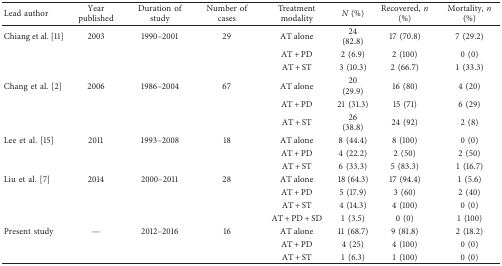
<table><thead><tr><td><b>Lead author</b></td><td><b>Year published</b></td><td><b>Duration of study</b></td><td><b>Number of cases</b></td><td><b>Treatment modality</b></td><td><b><i>N</i> (%)</b></td><td><b>Recovered, <i>n</i> (%)</b></td><td><b>Mortality, <i>n</i> (%)</b></td></tr></thead><tbody><tr><td>Chiang et al. [11]</td><td>2003</td><td>1990–2001</td><td>29</td><td>AT alone</td><td>24 (82.8)</td><td>17 (70.8)</td><td>7 (29.2)</td></tr><tr><td> </td><td> </td><td> </td><td> </td><td>AT + PD</td><td>2 (6.9)</td><td>2 (100)</td><td>0 (0)</td></tr><tr><td> </td><td> </td><td> </td><td> </td><td>AT + ST</td><td>3 (10.3)</td><td>2 (66.7)</td><td>1 (33.3)</td></tr><tr><td>Chang et al. [2]</td><td>2006</td><td>1986–2004</td><td>67</td><td>AT alone</td><td>20 (29.9)</td><td>16 (80)</td><td>4 (20)</td></tr><tr><td> </td><td> </td><td> </td><td> </td><td>AT + PD</td><td>21 (31.3)</td><td>15 (71)</td><td>6 (29)</td></tr><tr><td> </td><td> </td><td> </td><td> </td><td>AT + ST</td><td>26 (38.8)</td><td>24 (92)</td><td>2 (8)</td></tr><tr><td>Lee et al. [15]</td><td>2011</td><td>1993–2008</td><td>18</td><td>AT alone</td><td>8 (44.4)</td><td>8 (100)</td><td>0 (0)</td></tr><tr><td> </td><td> </td><td> </td><td> </td><td>AT + PD</td><td>4 (22.2)</td><td>2 (50)</td><td>2 (50)</td></tr><tr><td> </td><td> </td><td> </td><td> </td><td>AT + ST</td><td>6 (33.3)</td><td>5 (83.3)</td><td>1 (16.7)</td></tr><tr><td>Liu et al. [7]</td><td>2014</td><td>2000–2011</td><td>28</td><td>AT alone</td><td>18 (64.3)</td><td>17 (94.4)</td><td>1 (5.6)</td></tr><tr><td> </td><td> </td><td> </td><td> </td><td>AT + PD</td><td>5 (17.9)</td><td>3 (60)</td><td>2 (40)</td></tr><tr><td> </td><td> </td><td> </td><td> </td><td>AT + ST</td><td>4 (14.3)</td><td>4 (100)</td><td>0 (0)</td></tr><tr><td> </td><td> </td><td> </td><td> </td><td>AT + PD + SD</td><td>1 (3.5)</td><td>0 (0)</td><td>1 (100)</td></tr><tr><td>Present study</td><td>—</td><td>2012–2016</td><td>16</td><td>AT alone</td><td>11 (68.7)</td><td>9 (81.8)</td><td>2 (18.2)</td></tr><tr><td> </td><td> </td><td> </td><td> </td><td>AT + PD</td><td>4 (25)</td><td>4 (100)</td><td>0 (0)</td></tr><tr><td> </td><td> </td><td> </td><td> </td><td>AT + ST</td><td>1 (6.3)</td><td>1 (100)</td><td>0 (0)</td></tr></tbody></table>